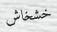
خشخاش